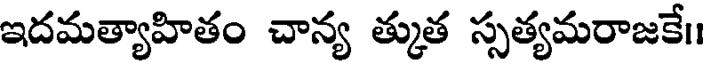
ఇదమత్యాహితం చాన్య త్కుత స్సత్యమరాజకే।